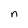
Character: n